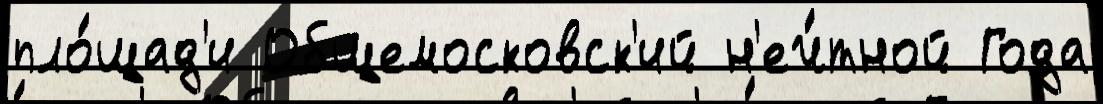
пло́щад'и Общемосковск'ий н'еч́тной Года